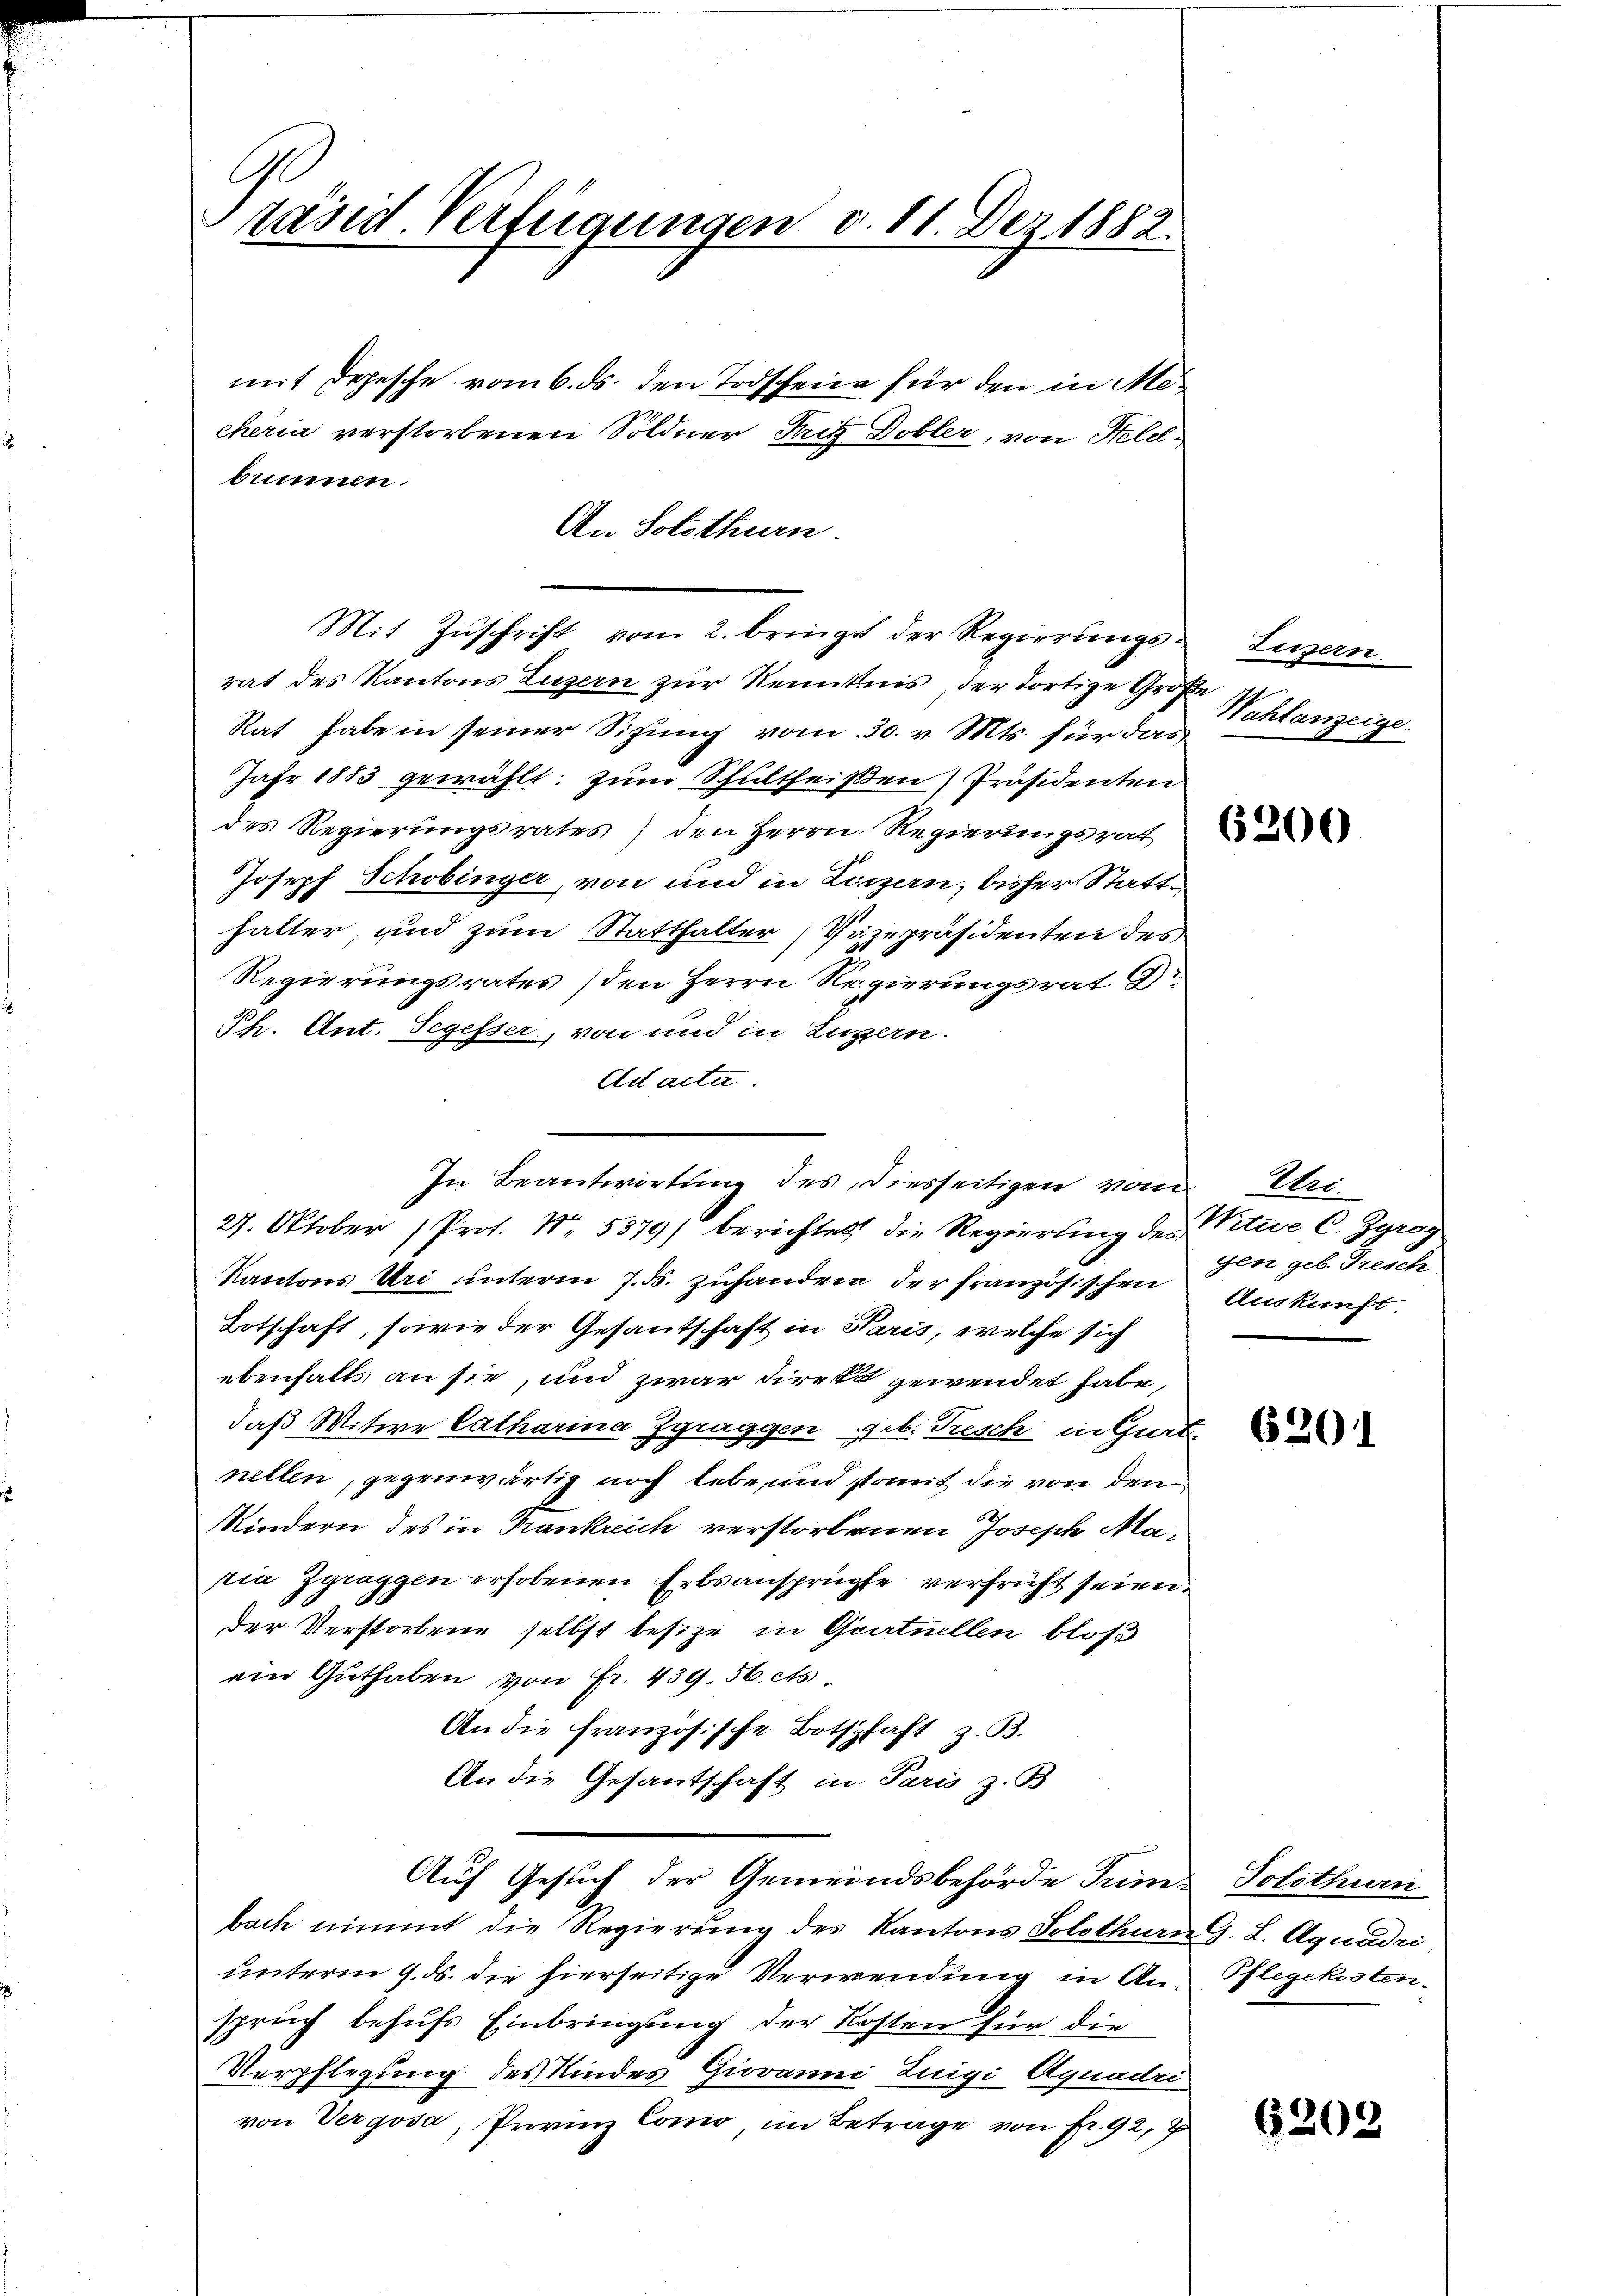
räsid. Verfügungen v. 11. Der 1882.

mit Depesche vom 6. ds. den Todscheine für den in Mecherin verstorbenen Söldner Fritz Dobler, von Feldbrunnen.
An Solothurn.
rat des Kantons Luzern zur Kenntnis der dortige Große
Rat habe in seiner Sitzung vom 30. v. Mts. für das
Jahr 1883 gewählt: zum Schultheißen Präsidenten
des Regierungsrates) den Herrn Regierungsrat
Joseph Schobinger, von und in Luzern, bisher Statthalter, sind zum Statthalter Vizepräsidenten des
Regierungsrates (den Herrn Regierungsrat D
Ph. Ant. Segesser, von und in Luzern.
Ad acta.
27. Oktober (Prof. No. 5379) berichtet die Regierung des Vitue C. Zgrag
Kantons Uri unterm 7. ds. zuhandern der französischen Auskunft.
Botschaft, sowie der Gesantschaft in Paris, welche sich
ebenfalls an sie, und zwar direkt gewendet habe,
daß Witwe Catharina Zgraggen, geb. Tresch in Gurt
nellen, gegenwärtig noch lebe, und somit die von den
Kindern des in Trankreich verstorbenen Joseph Mapia Zgraggen erhobenen Erbsansprüche verfrüht seien
der Verstorbene selbst besize in Quatnellen bloß
ein Guthaben von Fr. 439. 56. cts
An die französische Botschaft z. B.
An die Gesantschaft in Paris z. B.
Auf Gesuch der Gemeindsbehörde Trum. Solothurn
bach nimmt die Regierung des Kantons Solothurn G. L. Aquadri
unterm 9. ds. die hierseitige Verwendung in An-Pflegekostenspruch behufs Einbringung der Kosten für die
Verpflegung des Kindes Giovanni Luigi Aquadri
von Vergosa, Provinz Como im Betrage von Fr. 92, 7

In Beantwortung des Diesseitigen vom Uri

Mit Zuschrift vom 2. bringt der Regierungs- Luzern.

Wahlanzeige
F
6200

gen geb. Tresch

6201

6202